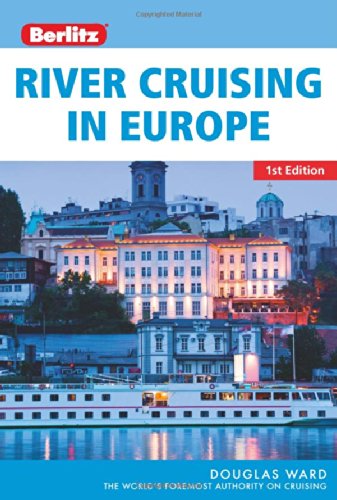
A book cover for Berlitz River Cruising in Europe; Douglas Ward; Travel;